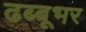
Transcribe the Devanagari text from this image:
ढब्बूभर